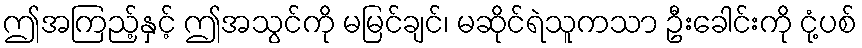
ဤအကြည့်နှင့် ဤအသွင်ကို မမြင်ချင်၊ မဆိုင်ရဲသူကသာ ဦးခေါင်းကို ငုံ့ပစ်